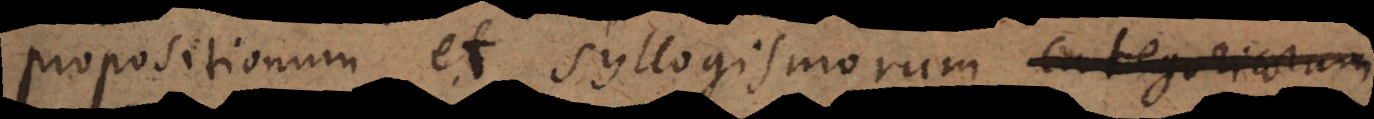
propositionum et syllogismorum